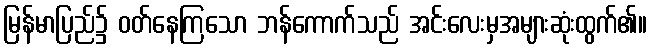
မြန်မာပြည်၌ ဝတ်နေကြသော ဘန်ကောက်သည် အင်းလေးမှအများဆုံးထွက်၏။